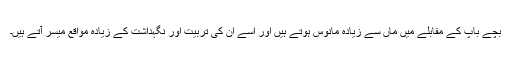
بچے باپ کے مقابلے میں ماں سے زیادہ مانوس ہوتے ہیں اور اسے ان کی تربیت اور نگہداشت کے زیادہ مواقع میسر آتے ہیں۔